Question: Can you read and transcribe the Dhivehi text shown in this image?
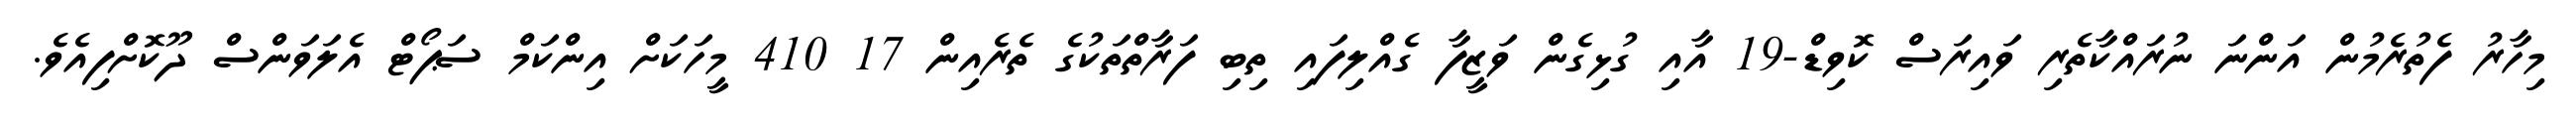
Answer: މިހާރު ފެތުރެމުން އަންނަ ނުރައްކާތެރި ވައިރަސް ކޮވިޑް-19 އާއި ގުޅިގެން ވަޒީފާ ގެއްލިފައި ތިބި ފަރާތްތަކުގެ ތެރެއިން 17 410 މީހަކަށް އިންކަމް ސަޕޯޓް އެލަވަންސް ދޫކޮށްފިއެވެ.